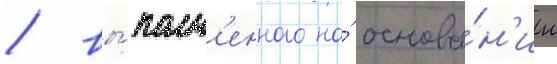
/ вы́полн'енного на́ основа́н'ии